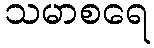
သမာစရေ